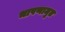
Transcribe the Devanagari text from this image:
भाषणामृत